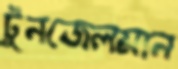
টুনজেলমান